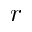
r